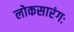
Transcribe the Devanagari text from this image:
लोकसारंगः